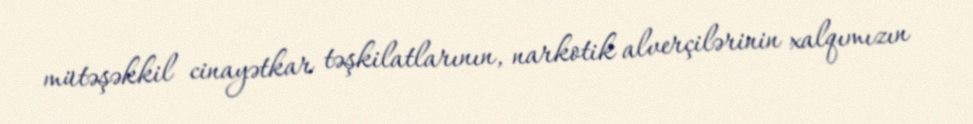
mütəşəkkil cinayətkar təşkilatlarının, narkotik alverçilərinin xalqımızın